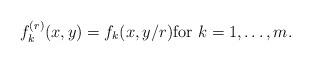
LaTeX: \begin{align*} f_k^{(r)}(x,y) = f_k(x,y/r) \textup{for $k=1, \ldots, m$}.\end{align*}